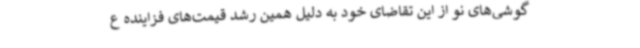
گوشی‌های نو از این تقاضای خود به دلیل همین رشد قیمت‌های فزاینده ع